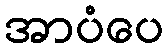
အာပံပေ